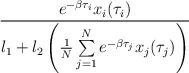
LaTeX: \begin{align*}\frac{e^{-\beta\tau_i}x_i(\tau_i)}{l_1+l_2\left(\frac{1}{N}\sum\limits_{j=1}^Ne^{-\beta\tau_j}x_j(\tau_j)\right)}\end{align*}